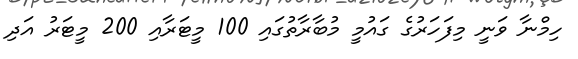
ހިމްނާ ވަނީ މިފަހަރުގެ ގައުމީ މުބާރާތުގައި 100 މީޓަރާއި 200 މީޓަރު އަދި